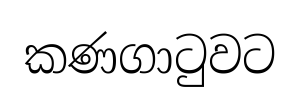
කණගාටුවට